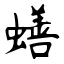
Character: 蟮